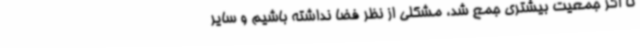
تا اگر جمعیت بیشتری جمع شد، مشکلی از نظر فضا نداشته باشیم و سایر